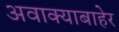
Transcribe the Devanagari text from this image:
अवाक्याबाहेर